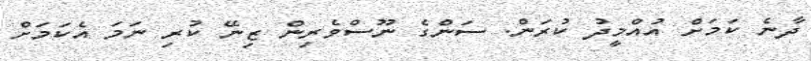
ދާނެ ކަމަށް އުއްމީދު ކުރަން. ސަންގެ ނޫސްވެރިން ޒިނޭ ކުރި ނަމަ އެކަމަށް